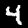
Digit: 4